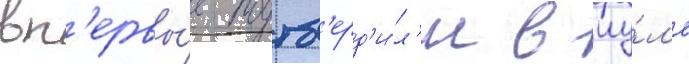
вп'ервы́е подтв'ерд'и́л'и в иу́л'е